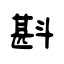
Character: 斟